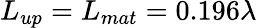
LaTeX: L_{up}=L_{mat}=0.196\lambda